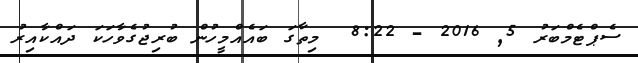
ސެޕްޓެމްބަރު 5